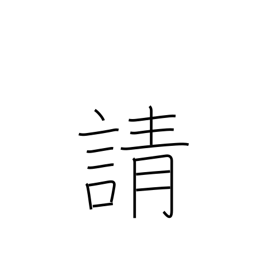
Meaning: solicit